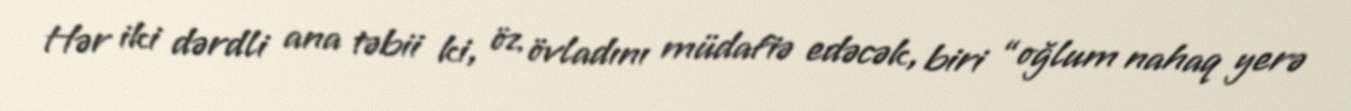
Hər iki dərdli ana təbii ki, öz övladını müdafiə edəcək, biri “oğlum nahaq yerə